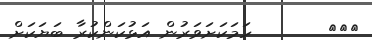
١٠٦       ހަމަކަށަވަރުން އަޅުކަންކުރާ ބަޔަކަށް